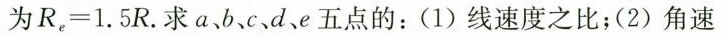
为 $$R _ { e } = 1 . 5 R$$. 求 a、b、c、d、e 五点的：(1) 线速度之比；(2) 角速